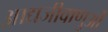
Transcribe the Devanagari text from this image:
आद्यजीवाणुओं